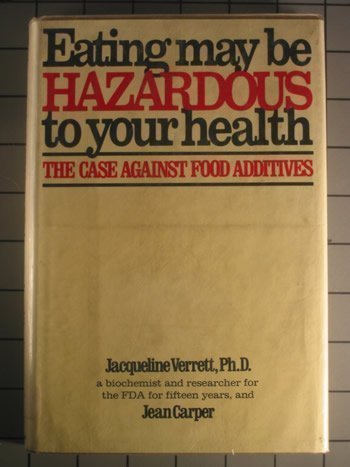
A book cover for Eating May Be Hazardous To Your Health - The Case Against Food Additives.; J.verrett J.carper; Health, Fitness & Dieting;